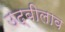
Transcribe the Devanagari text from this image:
उद्बीलाव